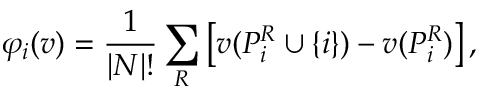
\varphi _ { i } ( v ) = { \frac { 1 } { | N | ! } } \sum _ { R } \left[ v ( P _ { i } ^ { R } \cup \left\{ i \right\} ) - v ( P _ { i } ^ { R } ) \right] ,